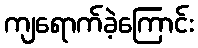
ကျရောက်ခဲ့ကြောင်း